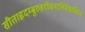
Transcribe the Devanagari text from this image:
सीताहृदम्बुरुहरोचनरश्मिमालिन्